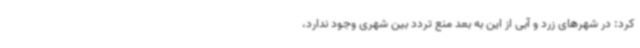
کرد: در شهرهای زرد و آبی از این به بعد منع تردد بین شهری وجود ندارد،